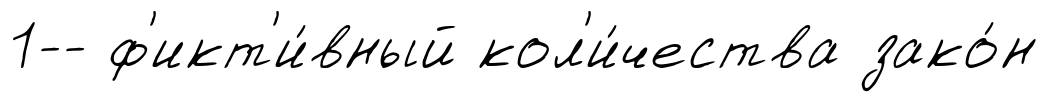
1-- ф'икт'и́вный кол'и́чества зако́н